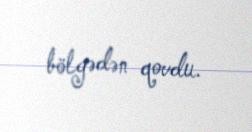
bölgədən qovdu.